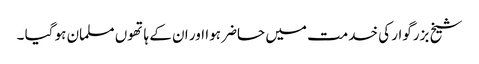
شیخ بزرگوار کی خدمت میں حاضر ہوا اور ان کے ہاتھوں مسلمان ہو گیا ۔